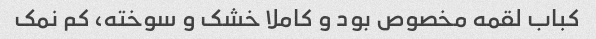
کباب لقمه مخصوص بود و کاملا خشک و سوخته، کم نمک